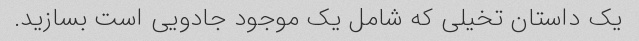
یک داستان تخیلی که شامل یک موجود جادویی است بسازید.